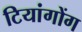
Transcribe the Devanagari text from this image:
टियांगोंग